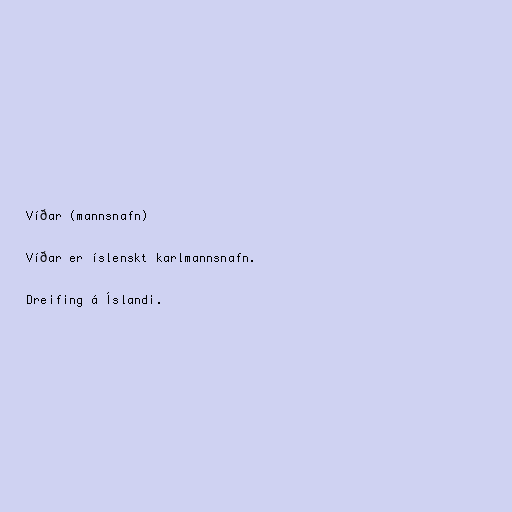
Víðar (mannsnafn)

Víðar er íslenskt karlmannsnafn.

Dreifing á Íslandi.